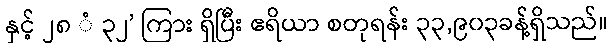
နှင့် ၂၈ ံ ၃၂’ ကြား ရှိပြီး ဧရိယာ စတုရန်း ၃၃,၉၀၃ခန့်ရှိသည်။